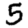
Digit: 5